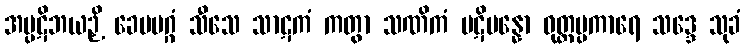
အပ္ပဋိဘယဉှိ ခေမမဂ္ဂံ သီသေ သာဋကံ ကတွာ သဏိကံ ပဋိပန္နော ဝုတ္တပ္ပကာရေ သဒ္ဒေ သုခံ